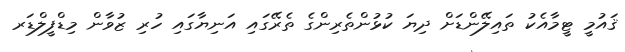
ޤައުމީ ޓީމާއެކު ތައިލޭންޑަށް ދިޔަ ކުޅުންތެރިންގެ ތެރޭގައި އަނިޔާގައި ހުރި ޒުވާން މިޑްފީލްޑަރ